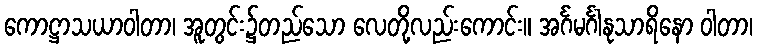
ကောဋ္ဌာသယာဝါတာ၊ အူတွင်း၌တည်သော လေတို့လည်းကောင်း။ အင်္ဂမင်္ဂါနုသာရိနော ဝါတာ၊